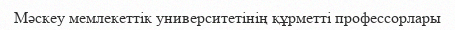
Мәскеу мемлекеттік университетінің құрметті профессорлары